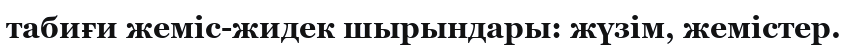
табиғи жеміс-жидек шырындары: жүзім, жемістер.